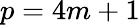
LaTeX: p=4m+1